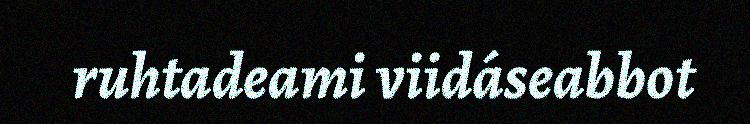
ruhtadeami viidáseabbot